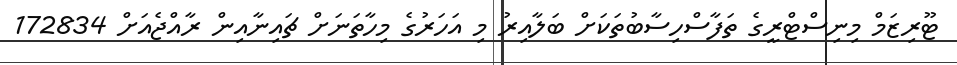
ޓޫރިޒަމް މިނިސްޓްރީގެ ތަފާސްހިސާބުތަކަށް ބަލާއިރު މި އަހަރުގެ މިހާތަނަށް ޗައިނާއިން ރާއްޖެއަށް 172834